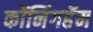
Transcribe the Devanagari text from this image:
कॉनिंगहॅम